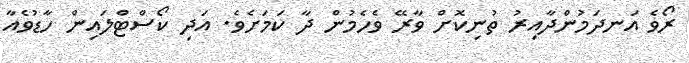
ރޯވެ އަނދަމުންދާއިރު ތުނިކޮށް ވާރޭ ވެހެމުން ދާ ކަމަށެވެ. އަދި ކޯސްޓްލައިން ހާޑުވެއާ